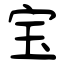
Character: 宝